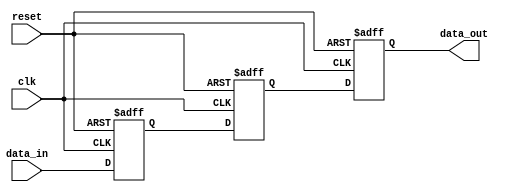
module cascade_synchronizer(
  input wire clk,
  input wire reset,
  input wire data_in,
  output wire data_out
);

reg [2:0] sync_stages [0:2]; // Define an array of 3 flip-flops

always @ (posedge clk or posedge reset) begin
  if (reset) begin
    // Reset all flip-flops
    sync_stages[0] <= 1'b0;
    sync_stages[1] <= 1'b0;
    sync_stages[2] <= 1'b0;
  end else begin
    // Cascade the flip-flops
    sync_stages[0] <= data_in;
    sync_stages[1] <= sync_stages[0];
    sync_stages[2] <= sync_stages[1];
  end
end

assign data_out = sync_stages[2]; // Output the synchronized data

endmodule